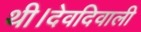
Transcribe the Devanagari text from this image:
थी।देवदिवाली